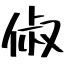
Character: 俶